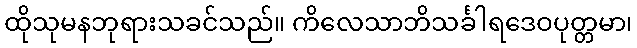
ထိုသုမနဘုရားသခင်သည်။ ကိလေသာဘိသင်္ခါရဒေဝပုတ္တမာ၊